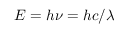
E = h \nu = h c / \lambda